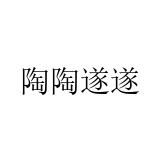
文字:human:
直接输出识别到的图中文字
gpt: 陶陶遂遂